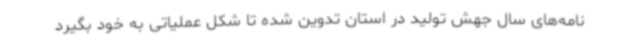
نامه‌های سال جهش تولید در استان تدوین شده تا شکل عملیاتی به خود بگیرد